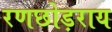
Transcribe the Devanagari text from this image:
रणछोड़राय